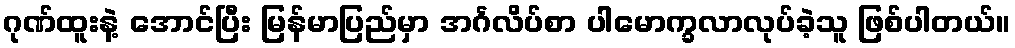
ဂုဏ်ထူးနဲ့ အောင်ပြီး မြန်မာပြည်မှာ အင်္ဂလိပ်စာ ပါမောက္ခလာလုပ်ခဲ့သူ ဖြစ်ပါတယ်။